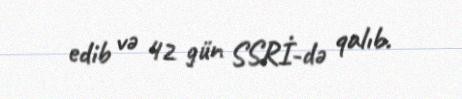
edib və 42 gün SSRİ-də qalıb.